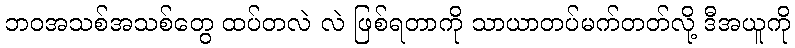
ဘဝအသစ်အသစ်တွေ ထပ်တလဲ လဲ ဖြစ်ရတာကို သာယာတပ်မက်တတ်လို့ ဒီအယူကို